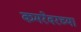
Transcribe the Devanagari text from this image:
कमरेवरच्या